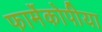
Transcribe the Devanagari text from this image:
फार्मेकोपीया